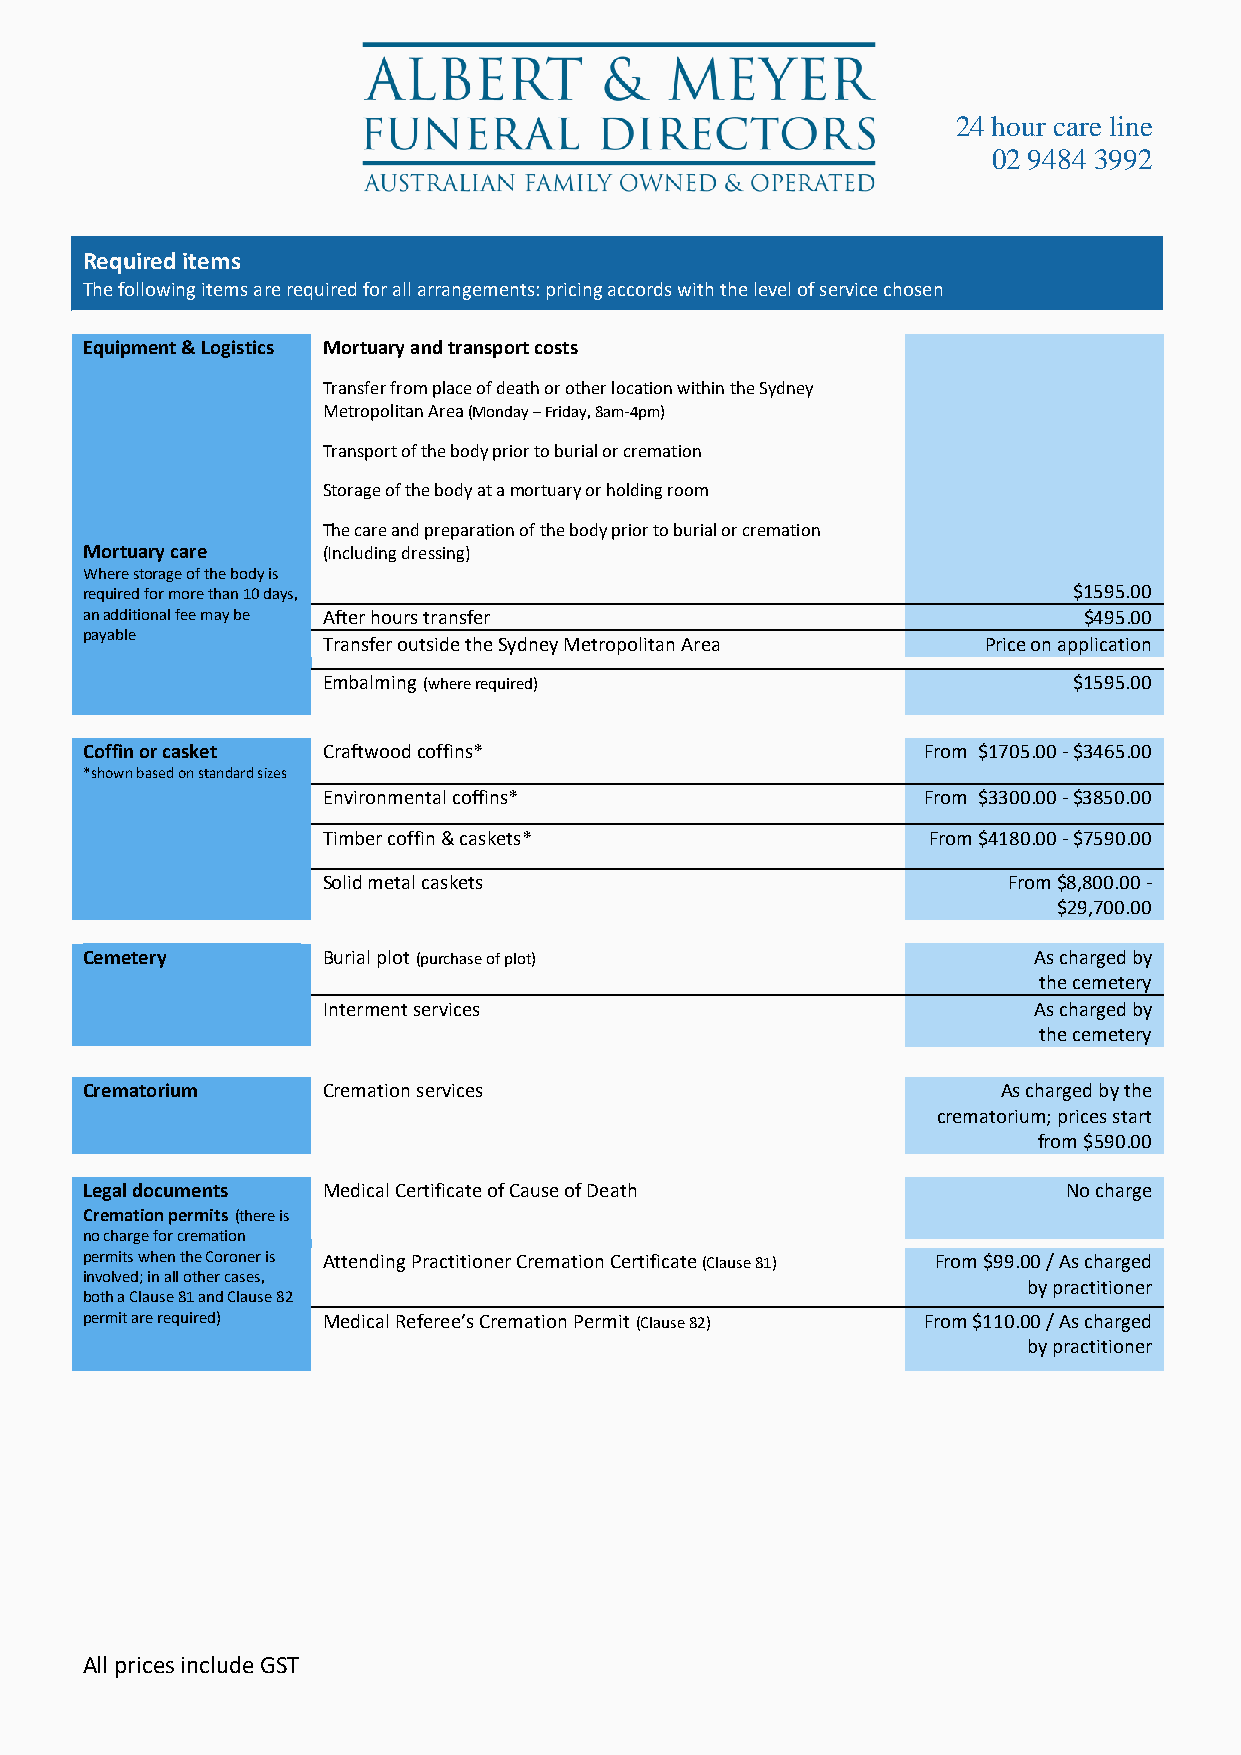
24 hour care line
 02 9484 3992
 Required items
 The following items are required for all arrangements: pricing accords with the level of service chosen
 Equipment & Logistics Mortuary and transport costs
 Transfer from place of death or other location within the Sydney
 Metropolitan Area (Monday – Friday, 8am-4pm)
 Transport of the body prior to burial or cremation
 Storage of the body at a mortuary or holding room
 The care and preparation of the body prior to burial or cremation
 Mortuary care   (Including dressing)
 Where storage of the body is
 required for more than 10 days,                                   $1595.00
 an additional fee may be After hours transfer                      $495.00
 payable
 Transfer outside the Sydney Metropolitan Area Price on application
 Embalming (where required)                        $1595.00
 Coffin or casket Craftwood coffins*                     From $1705.00 - $3465.00
 *shown based on standard sizes
 Environmental coffins*                  From $3300.00 - $3850.00
 Timber coffin & caskets*                From $4180.00 - $7590.00
 Solid metal caskets                           From $8,800.00 -
 $29,700.00
 Cemetery        Burial plot (purchase of plot)                 As charged by
 the cemetery
 Interment services                             As charged by
 the cemetery
 Crematorium     Cremation services                           As charged by the
 crematorium; prices start
 from $590.00
 Legal documents Medical Certificate of Cause of Death             No charge
 Cremation permits (there is
 no charge for cremation
 permits when the Coroner is Attending Practitioner Cremation Certificate (Clause 81) From $99.00 / As charged
 involved; in all other cases,
 by practitioner
 both a Clause 81 and Clause 82
 permit are required) Medical Referee’s Cremation Permit (Clause 82) From $110.00 / As charged
 by practitioner
 All prices include GST